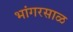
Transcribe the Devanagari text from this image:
भांगरसाळ